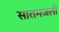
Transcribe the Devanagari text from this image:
सातमजली